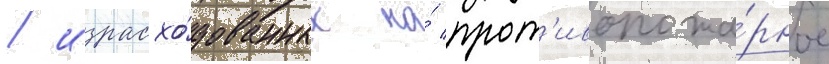
/ израсхо́дованных на́ прот'ивопожа́рное